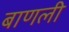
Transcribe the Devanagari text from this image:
बाणली